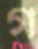
গ